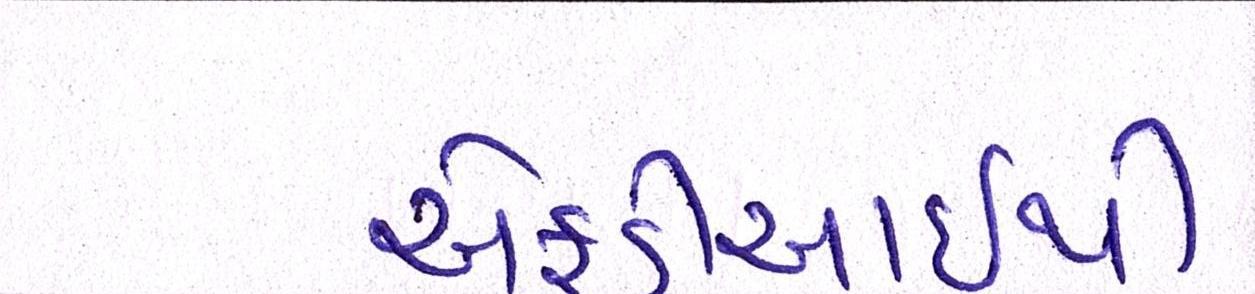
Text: એફડીઆઇથી